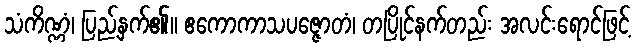
သံကိဏ္ဏံ၊ ပြည့်နှက်၏။ ဧကောကာသပဇ္ဇောတံ၊ တပြိုင်နက်တည်း အလင်းရောင်ဖြင့်